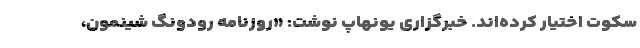
سکوت اختیار کرده‌اند. خبرگزاری یونهاپ نوشت: «روزنامه رودونگ شینمون،